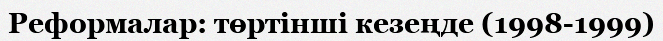
Реформалар: төртiншi кезеңде (1998-1999)